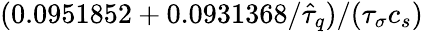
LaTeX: (0.0951852+0.0931368/\hat{\tau}_{q})/({\tau}_{\sigma}c_{s})